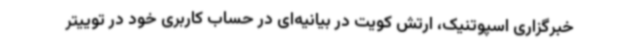
خبرگزاری اسپوتنیک، ارتش کویت در بیانیه‌ای در حساب کاربری خود در توییتر